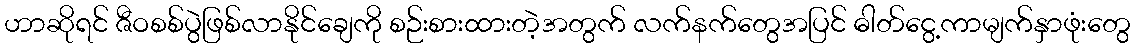
ဟာဆိုရင် ဇီဝစစ်ပွဲဖြစ်လာနိုင်ချေကို စဉ်းစားထားတဲ့အတွက် လက်နက်တွေအပြင် ဓါတ်ငွေ့ကာမျက်နှာဖုံးတွေ